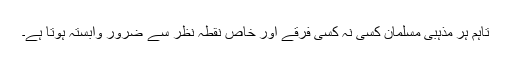
تاہم ہر مذہبی مسلمان کسی نہ کسی فرقے اور خاص نقطہ نظر سے ضرور وابستہ ہوتا ہے۔